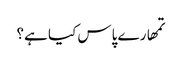
تمھارے پاس کیا ہے؟